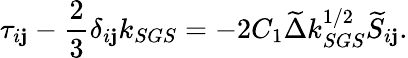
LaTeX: \tau_{i\mathbf{j}}-\frac{{2}}{{3}}\delta_{i\mathbf{j}}k_{SGS}=-2C_{1}\widetilde{{\Delta}}k_{SGS}^{1/2}\widetilde{{S}}_{i\mathbf{j}}.